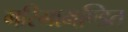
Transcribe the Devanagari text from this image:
गरिमामण्डित